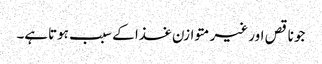
جو ناقص اور غیر متوازن غذا کے سبب ہوتاہے۔